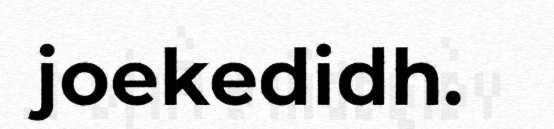
joekedidh.